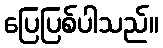
ပြေပြစ်ပါသည်။